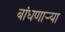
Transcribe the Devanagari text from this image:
बांधणार्‍या